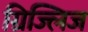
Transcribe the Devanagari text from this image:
ग्रिज्लिज